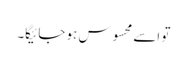
تو اسے محسوس ہو جائیگا۔